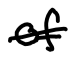
Text: of
Cross-out: single-line
Writing tool: digital_black